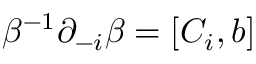
\beta ^ { - 1 } \partial _ { - i } \beta = [ C _ { i } , b ]